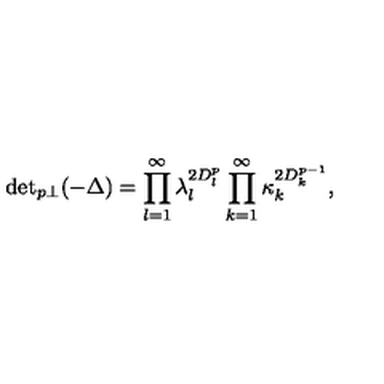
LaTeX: { \det } _ { p \perp } ( - \Delta ) = \prod _ { l = 1 } ^ { \infty } \lambda _ { l } ^ { 2 D _ { l } ^ { p } } \prod _ { k = 1 } ^ { \infty } \kappa _ { k } ^ { 2 D _ { k } ^ { p - 1 } } ,